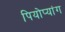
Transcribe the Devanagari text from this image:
पियोप्यांग